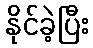
နိုင်ခဲ့ပြီး